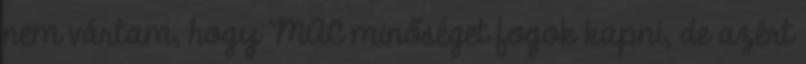
nem vártam, hogy MAC minőséget fogok kapni, de azért